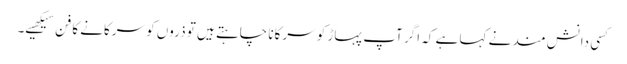
کسی دانش مند نے کہا ہے کہ اگر آپ پہاڑ کو سرکانا چاہتے ہیں تو ذروں کو سرکانے کا فن سیکھیے۔